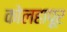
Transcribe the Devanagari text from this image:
कोलहापूर